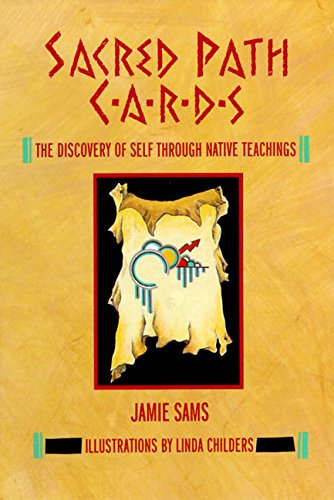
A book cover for Sacred Path Cards: The Discovery of Self Through Native Teachings; Jamie Sams; Self-Help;